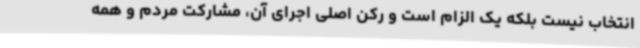
انتخاب نیست بلکه یک الزام است و رکن اصلی اجرای آن، مشارکت مردم و همه